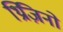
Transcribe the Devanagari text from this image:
थ्रिज़िनो